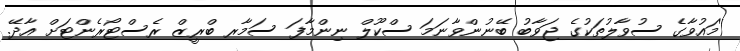
''މައުވާގެ ސުވާލުތަކުގެ ޖަވާބު ބޭނުންވާނަމަ ސްކޫލް ނިންމާފަ ސަމާރ ބްރީޒް ރެސްޓޯރެންޓަށް އާދޭ.